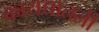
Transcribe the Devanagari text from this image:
कायद्यातली